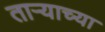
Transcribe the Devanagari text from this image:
ताऱ्‍याच्या